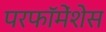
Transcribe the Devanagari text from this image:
परफॉमेंशेस